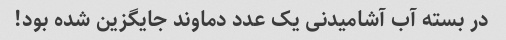
در بسته آب آشامیدنی یک عدد دماوند جایگزین شده بود!